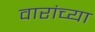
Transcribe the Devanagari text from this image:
वारांच्या